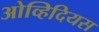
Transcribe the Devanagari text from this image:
ओव्हिदियस